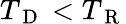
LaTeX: {T_{\mathrm{~D~}}}<{T_{\mathrm{~R~}}}